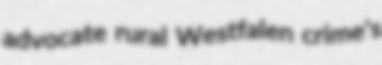
advocate rural Westfalen crime's